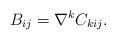
LaTeX: \begin{align*} B_{ij}=\nabla^kC_{kij}.\end{align*}